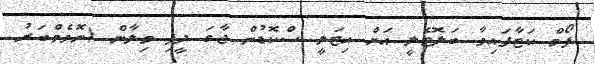
ފޯމް ކަޓާފައިވާ ބަލޮޓެލީ އަށް އިޓަލީ ސްކޮޑުން ޖާގަ ދީފި މިލާން (ނޮވެމްބަރު